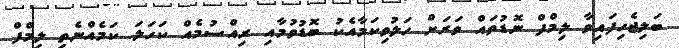
ބަލިޖެހިފައިވާ ލިމްފް ނޮޑުތައް ވަރަށް ހަލުވިކަމާއެކު ބޮޑުވުމާއި ރިއްސުމެއް ކަހަލަ ކަމެއްނެތި ލިމްފް